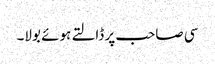
سی صاحب پر ڈالتے ہوئے بولا۔